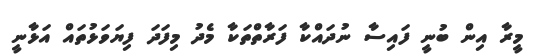
މީރާ އިން ބުނީ ފައިސާ ނުދައްކާ ފަރާތްތަކާ މެދު މިފަދަ ފިޔަވަޅުތައް އަޅާނީ